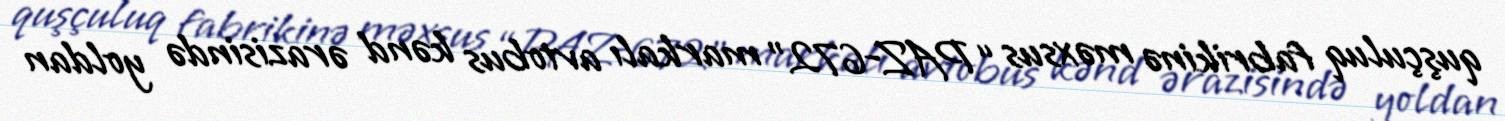
quşçuluq fabrikinə məxsus “PAZ-672” markalı avtobus kənd ərazisində yoldan